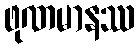
ဖုဏမာနဿ